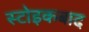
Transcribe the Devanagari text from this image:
स्टोइकबाद